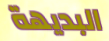
البديهة